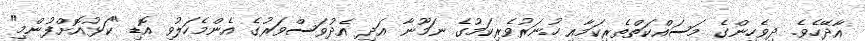
އާދޭހެވެ. ދިވެހިންގެ މަސައްކަތްތެރިކަމާއި ހުނަރުވެރިކަމުގެ ނަމޫނާ އަދި އެދުވަސްވަރުގެ އެންމެހަލުވި އޮޑި "ކަޅުއޮށްފުންމި"